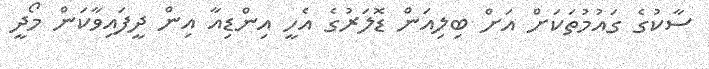
ސާކުގެ ގައުމުތަކަށް އަށް ބިލިއަން ޑޮލަރުގެ އެހީ އިންޑިއާ އިން ދީފައިވާކަން މޯދީ